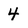
Character: 4